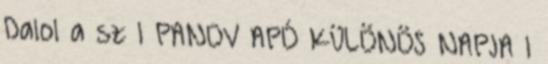
Dalol a sz 1 PANOV APÓ KÜLÖNÖS NAPJA 1